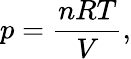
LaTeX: p={\frac{nRT}{V}},